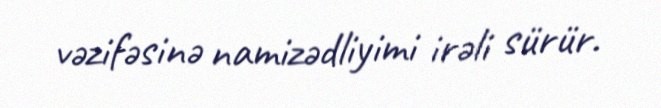
vəzifəsinə namizədliyimi irəli sürür.